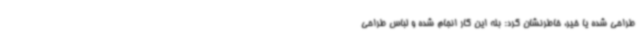
طراحی شده یا خیر، خاطرنشان کرد: بله این کار انجام شده و لباس طراحی